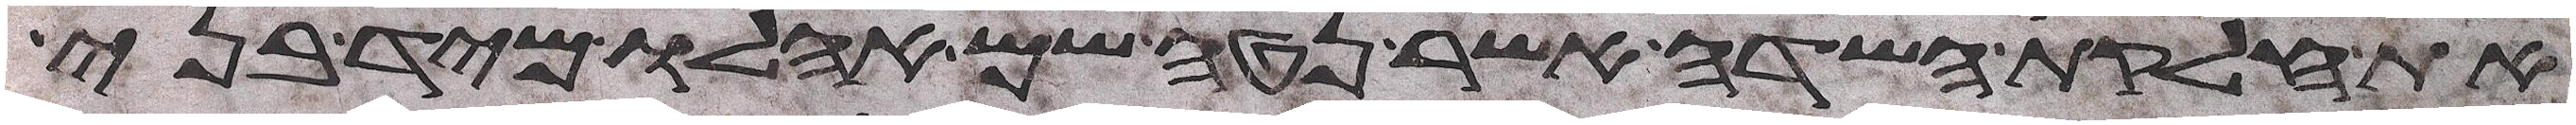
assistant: את חלקת השדה אשר נטה שם אהלו מיד בני